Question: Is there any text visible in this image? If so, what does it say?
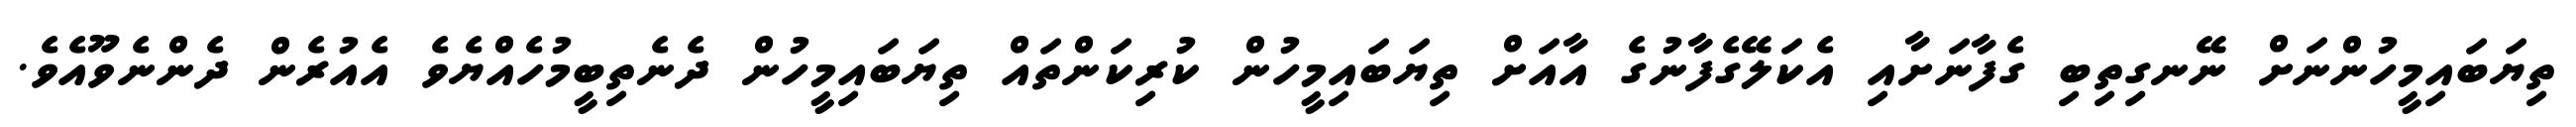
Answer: ތިޔަބައިމީހުންނަށް ނޭނގިތިބި ގެފާނަށާއި އެކަލޭގެފާނުގެ އާއަށް ތިޔަބައިމީހުން ކުރިކަންތައް ތިޔަބައިމީހުން ދެނެތިބީމުހެއްޔެވެ އެއުރެން ދެންނެވޫއެވެ.